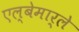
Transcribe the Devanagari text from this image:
एल्बेमार्ले